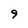
Character: 9